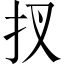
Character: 扠